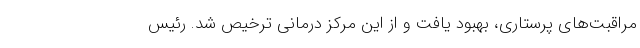
مراقبت‌های پرستاری، بهبود یافت و از این مرکز درمانی ترخیص شد. رئیس